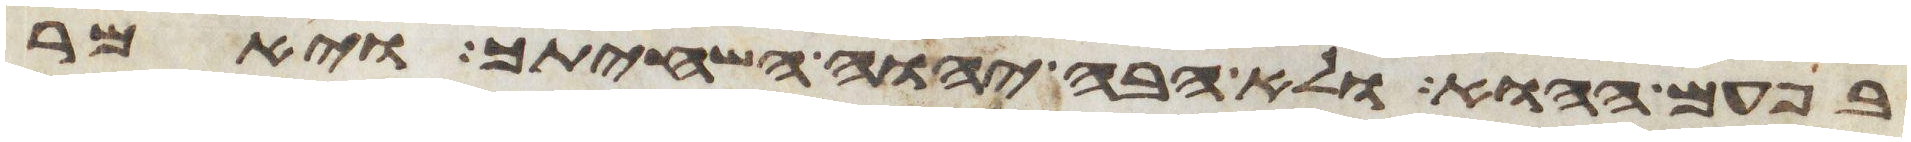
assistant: בפעם ההוא ולא אבה יהוה השחיתך ויאמר